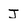
Character: J